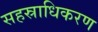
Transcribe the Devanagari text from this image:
सहस्राधिकरण